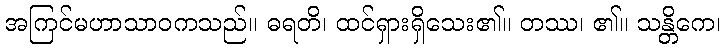
အကြင်မဟာသာဝကသည်။ ဓရတိ၊ ထင်ရှားရှိသေး၏။ တဿ၊ ၏။ သန္တိကေ၊